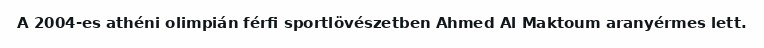
A 2004-es athéni olimpián férfi sportlövészetben Ahmed Al Maktoum aranyérmes lett.